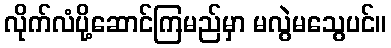
လိုက်လံပို့ဆောင်ကြမည်မှာ မလွဲမသွေပင်။